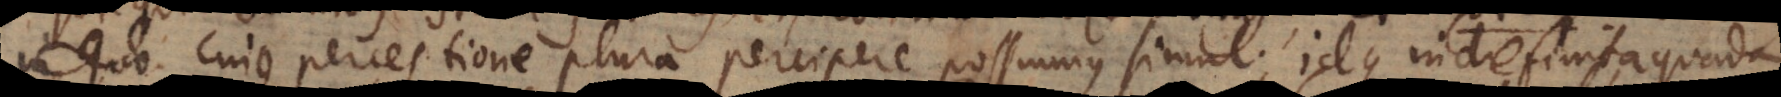
quo cujus perceptione plura percipere possumus simul; idque indefinita quadam